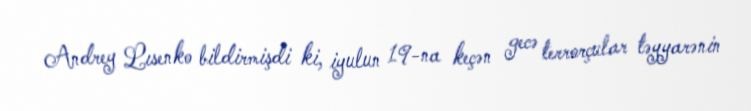
Andrey Lısenko bildirmişdi ki, iyulun 19-na keçən gecə terrorçular təyyarənin